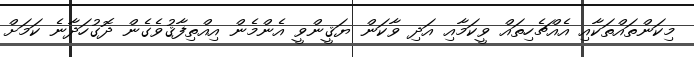
މިކަންތައްތަކާއި އެއްޗެހިތައް ވީކަމާއި އަދި ވާކަން ޔަޤީންވީ އެންމެން އިއްތިފާޤުވެގެން ދޮގުހަދާނެ ކަމަށް